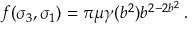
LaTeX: f ( \sigma _ { 3 } , \sigma _ { 1 } ) = \pi \mu \gamma ( b ^ { 2 } ) b ^ { 2 - 2 b ^ { 2 } } \, . \nonumber